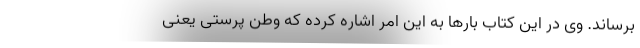
برساند. وی در این کتاب بارها به این امر اشاره کرده که وطن پرستی یعنی